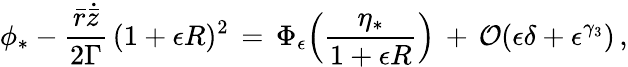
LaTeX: \phi_{*}-\frac{\bar{r}\dot{\bar{z}}}{2\Gamma}\, (1+\epsilon R)^{2}\, =\, \Phi_{\epsilon}\Bigl(\frac{\eta_{*}}{1+\epsilon R}\Bigr)\, +\, \mathcal{O}(\epsilon\delta+\epsilon^{\gamma_{3}})\, ,